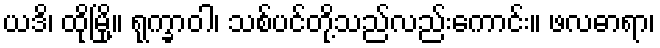
ယဒိ၊ ထိုမြို့။ ရုက္ခာဝါ၊ သစ်ပင်တို့သည်လည်းကောင်း။ ဖလဓာရာ၊